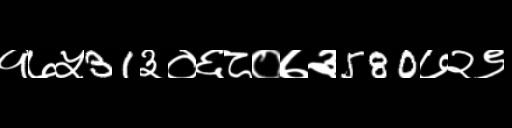
Text: १७५31३०६८०७३580७२९